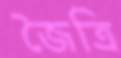
জৈত্রি